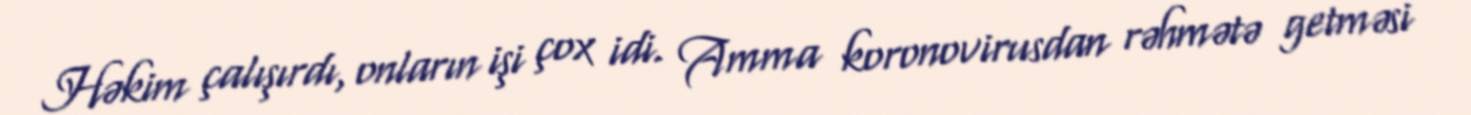
Həkim çalışırdı, onların işi çox idi. Amma koronovirusdan rəhmətə getməsi